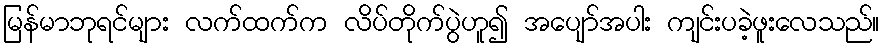
မြန်မာဘုရင်များ လက်ထက်က လိပ်တိုက်ပွဲဟူ၍ အပျော်အပါး ကျင်းပခဲ့ဖူးလေသည်။